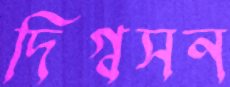
দিগ্বসন